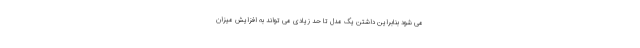
می شود بنابراین داشتن یک مدل تا حد زیادی می تواند به افزایش میزان